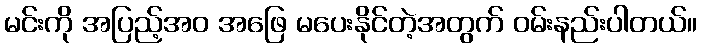
မင်းကို အပြည့်အဝ အဖြေ မပေးနိုင်တဲ့အတွက် ဝမ်းနည်းပါတယ်။